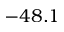
- 4 8 . 1